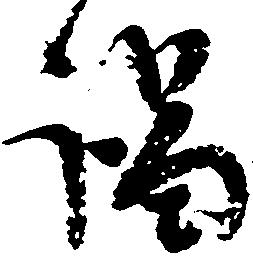
謁